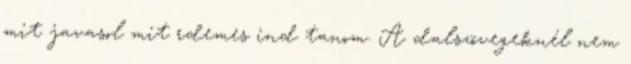
mit javasol mit rdemes ind tanom. A dalszövegeknél nem